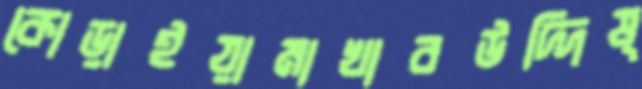
কোড়াইয়ামাখাবউদ্দিষ্